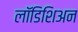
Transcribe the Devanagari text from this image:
लॉडिशिअन